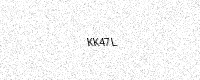
Text: KK47L